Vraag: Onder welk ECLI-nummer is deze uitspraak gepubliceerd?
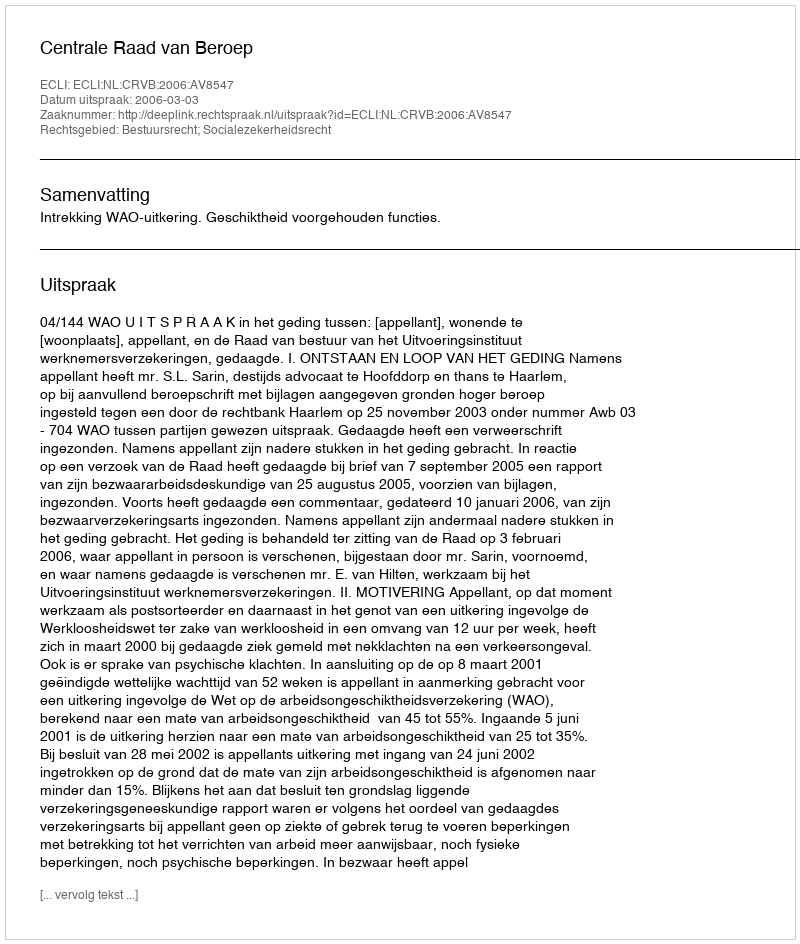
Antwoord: ECLI:NL:CRVB:2006:AV8547